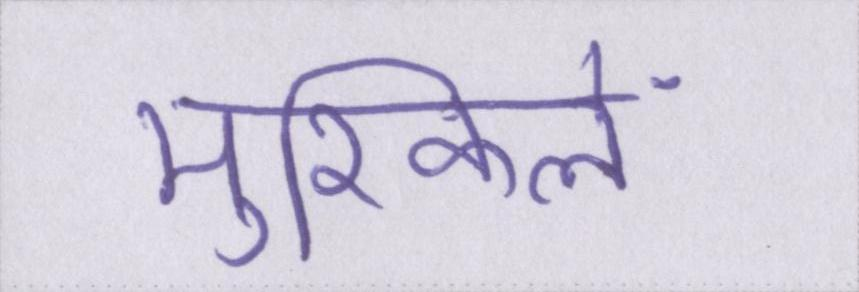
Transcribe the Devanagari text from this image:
मुश्किलें